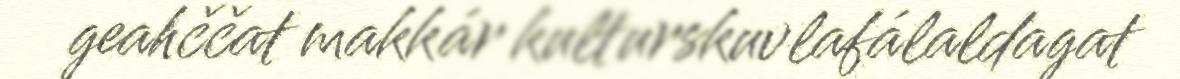
geahččat makkár kulturskuvlafálaldagat